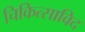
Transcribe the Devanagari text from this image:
चिकित्साविद